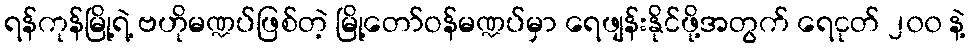
ရန်ကုန်မြို့ရဲ့ ဗဟိုမဏ္ဍပ်ဖြစ်တဲ့ မြို့တော်ဝန်မဏ္ဍပ်မှာ ရေဖျန်းနိုင်ဖို့အတွက် ရေငုတ် ၂၀၀ နဲ့